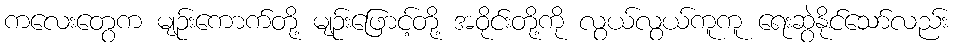
ကလေးတွေက မျဉ်းကောက်တို့ မျဉ်းဖြောင့်တို့ အဝိုင်းတို့ကို လွယ်လွယ်ကူကူ ရေးဆွဲနိုင်သော်လည်း